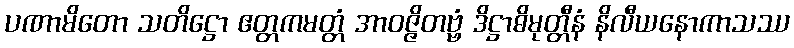
ပဏာမိတော သတိဋ္ဌော ဧတ္တကမတ္တံ အာဝဇ္ဇိတဗ္ဗံ ဒိဋ္ဌာဓိမုတ္တီနံ နိလီယနောကာသဿ